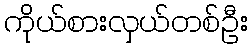
ကိုယ်စားလှယ်တစ်ဦး